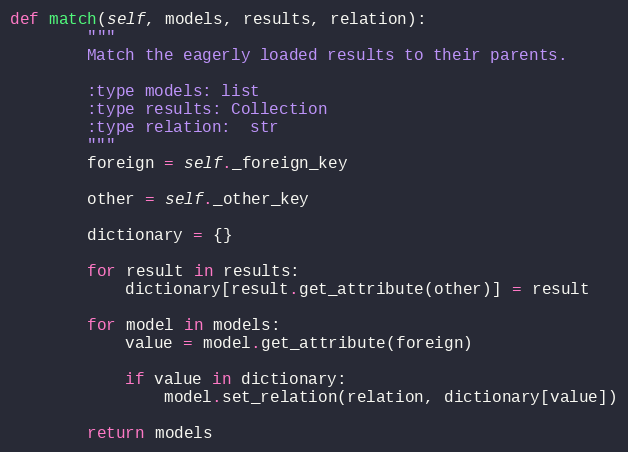
Language: Python
def match(self, models, results, relation):
        """
        Match the eagerly loaded results to their parents.

        :type models: list
        :type results: Collection
        :type relation:  str
        """
        foreign = self._foreign_key

        other = self._other_key

        dictionary = {}

        for result in results:
            dictionary[result.get_attribute(other)] = result

        for model in models:
            value = model.get_attribute(foreign)

            if value in dictionary:
                model.set_relation(relation, dictionary[value])

        return models